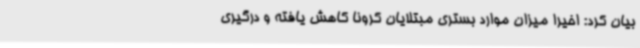
بیان کرد: اخیرا میزان موارد بستری مبتلایان کرونا کاهش یافته و درگیری